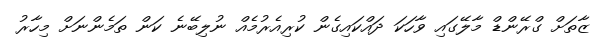
ޒާތަށް ގްރޭންޑް މާލޭގައި ވާހަކަ ދައްކައިގެން ކުރިއެރުމެއް ނުލިބޭނެ ކަން ތަމެންނަށް މިހާރު